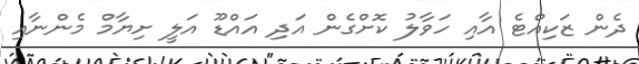
ދެން ޒަކިއްޓެ އާއި ހަވާލު ކޮށްގެން އަދި އައްޑޫ އަލީ ށިޔާމް މެންނާއި